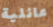
عائلية